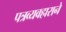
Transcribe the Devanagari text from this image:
पत्रव्यवहाराने